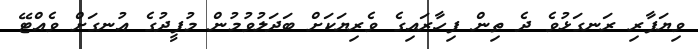
ވިޔަފާރި ރަނގަޅުވެ ދެ ތިން ފިހާރައިގެ ވެރިޔަކަށް ބަދަލުވުމުން މުފީދުގެ އުނގަށް ވެއްޓޭ